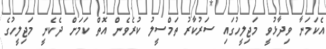
އެކަމަނާ ވިދާޅުވީ މަޖިލީހުގައި ސަރުކާރު ތަމްސީލު ކުރެވެން އޮތް ކަމަށް ދެކެނީ މަޖިލީހުގެ